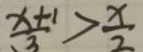
\frac { x + 1 } { 3 } > \frac { x } { 2 }